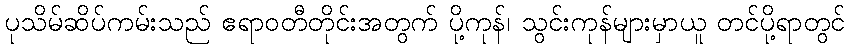
ပုသိမ်ဆိပ်ကမ်းသည် ဧရာဝတီတိုင်းအတွက် ပို့ကုန်၊ သွင်းကုန်များမှာယူ တင်ပို့ရာတွင်